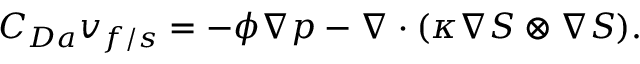
C _ { D a } \boldsymbol { v } _ { f / s } = - \phi \nabla { p } - \nabla \cdot ( \kappa \nabla { S } \otimes \nabla { S } ) .